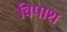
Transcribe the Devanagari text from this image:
विपाश